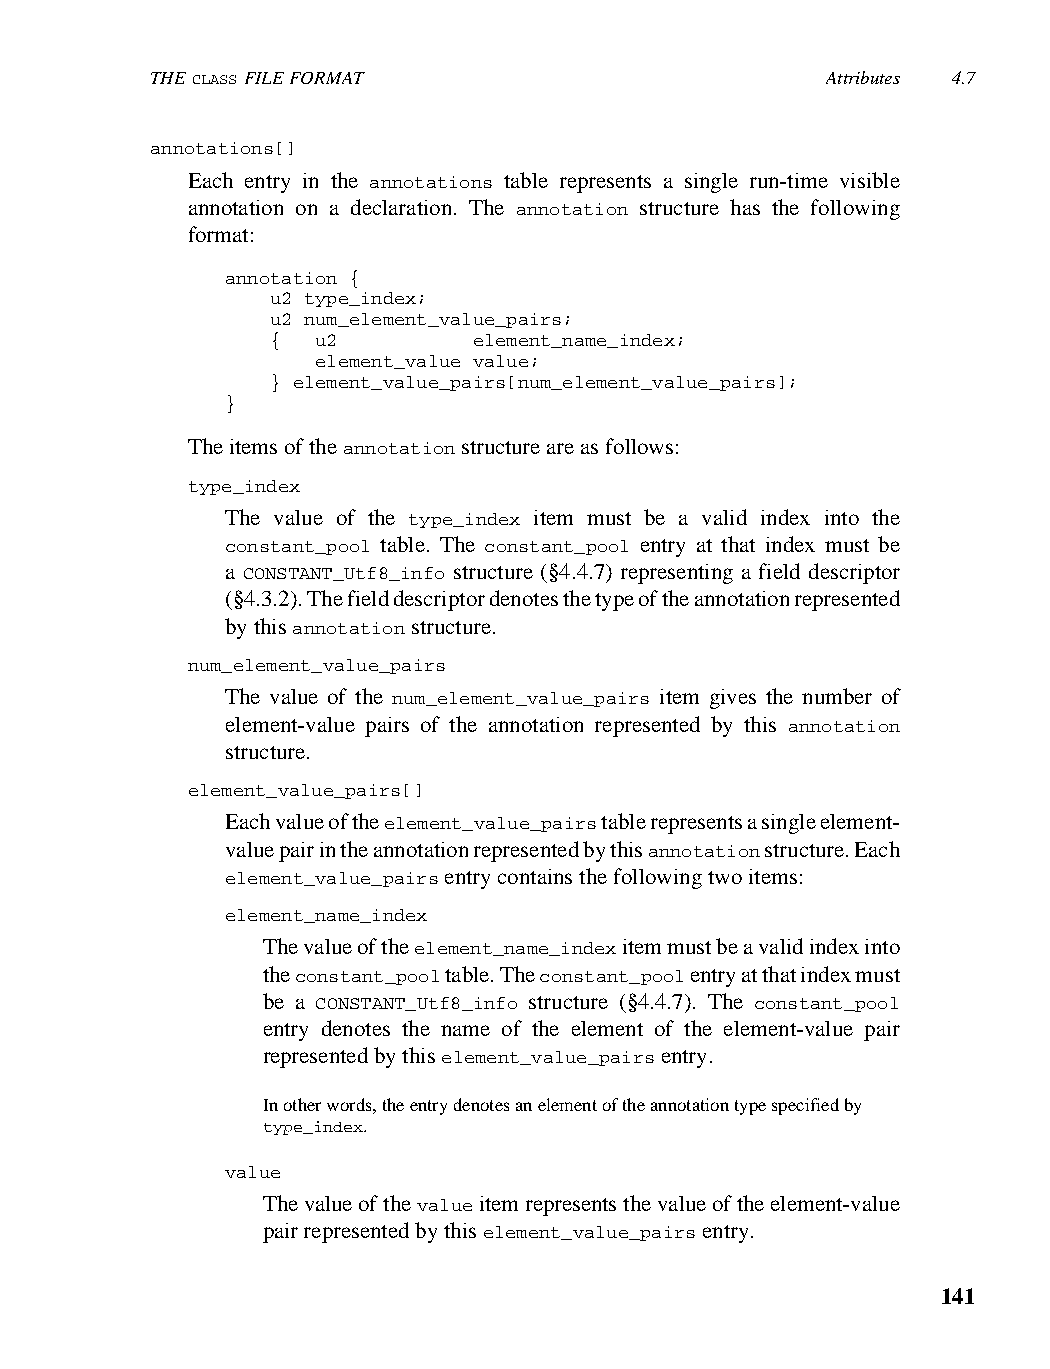
THE CLASS FILE FORMAT                        Attributes 4.7
 annotations[]
 Each entry in the annotations table represents a single run-time visible
 annotation on a declaration. The annotation structure has the following
 format:
 annotation {
 u2 type_index;
 u2 num_element_value_pairs;
 {  u2        element_name_index;
 element_value value;
 } element_value_pairs[num_element_value_pairs];
 }
 The items of the annotation structure are as follows:
 type_index
 The value of the type_index item must be a valid index into the
 constant_pool table. The constant_pool entry at that index must be
 a CONSTANT_Utf8_info structure (§4.4.7) representing a field descriptor
 (§4.3.2). The field descriptor denotes the type of the annotation represented
 by this annotation structure.
 num_element_value_pairs
 The value of the num_element_value_pairs item gives the number of
 element-value pairs of the annotation represented by this annotation
 structure.
 element_value_pairs[]
 Each value of the element_value_pairs table represents a single element-
 value pair in the annotation represented by this annotation structure. Each
 element_value_pairs entry contains the following two items:
 element_name_index
 The value of the element_name_index item must be a valid index into
 the constant_pool table. The constant_pool entry at that index must
 be a CONSTANT_Utf8_info structure (§4.4.7). The constant_pool
 entry denotes the name of the element of the element-value pair
 represented by this element_value_pairs entry.
 In other words, the entry denotes an element of the annotation type specified by
 type_index.
 value
 The value of the value item represents the value of the element-value
 pair represented by this element_value_pairs entry.
 141